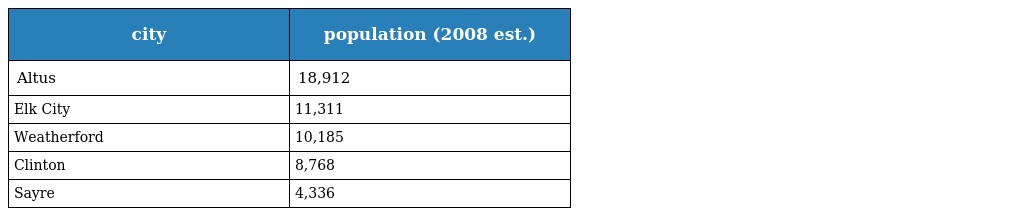
| city | population (2008 est.) |
 | --- | --- |
 | Altus | 18,912 |
 | Elk City | 11,311 |
 | Weatherford | 10,185 |
 | Clinton | 8,768 |
 | Sayre | 4,336 |